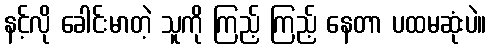
နင့်လို ခေါင်းမာတဲ့ သူကို ကြည့် ကြည့် နေတာ ပထမဆုံးပဲ။